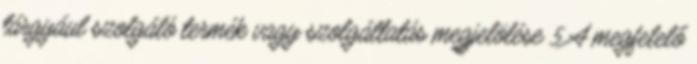
tárgyául szolgáló termék vagy szolgáltatás megjelölése 5 A megfelelő